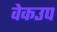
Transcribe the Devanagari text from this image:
वेकउप